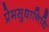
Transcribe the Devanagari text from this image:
प्रेमसुधानिधि